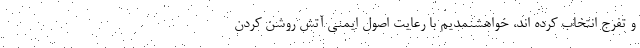
و تفرج انتخاب کرده اند، خواهشنمدیم با رعایت اصول ایمنی آتش روشن کردن